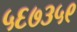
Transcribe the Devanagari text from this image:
५६७३५९